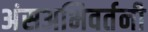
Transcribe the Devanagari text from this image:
अंसअभिवर्तनी